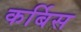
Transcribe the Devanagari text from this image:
कर्बिस